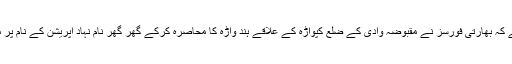
کشمیری میڈیا سروس کا کہنا ہے کہ بھارتی فورسز نے مقبوضہ وادی کے ضلع کپواڑہ کے علاقے ہند واڑہ کا محاصرہ کرکے گھر گھر نام نہاد آپریشن کے نام پر مزید 1 کشمیری کو شہید کر دیا۔